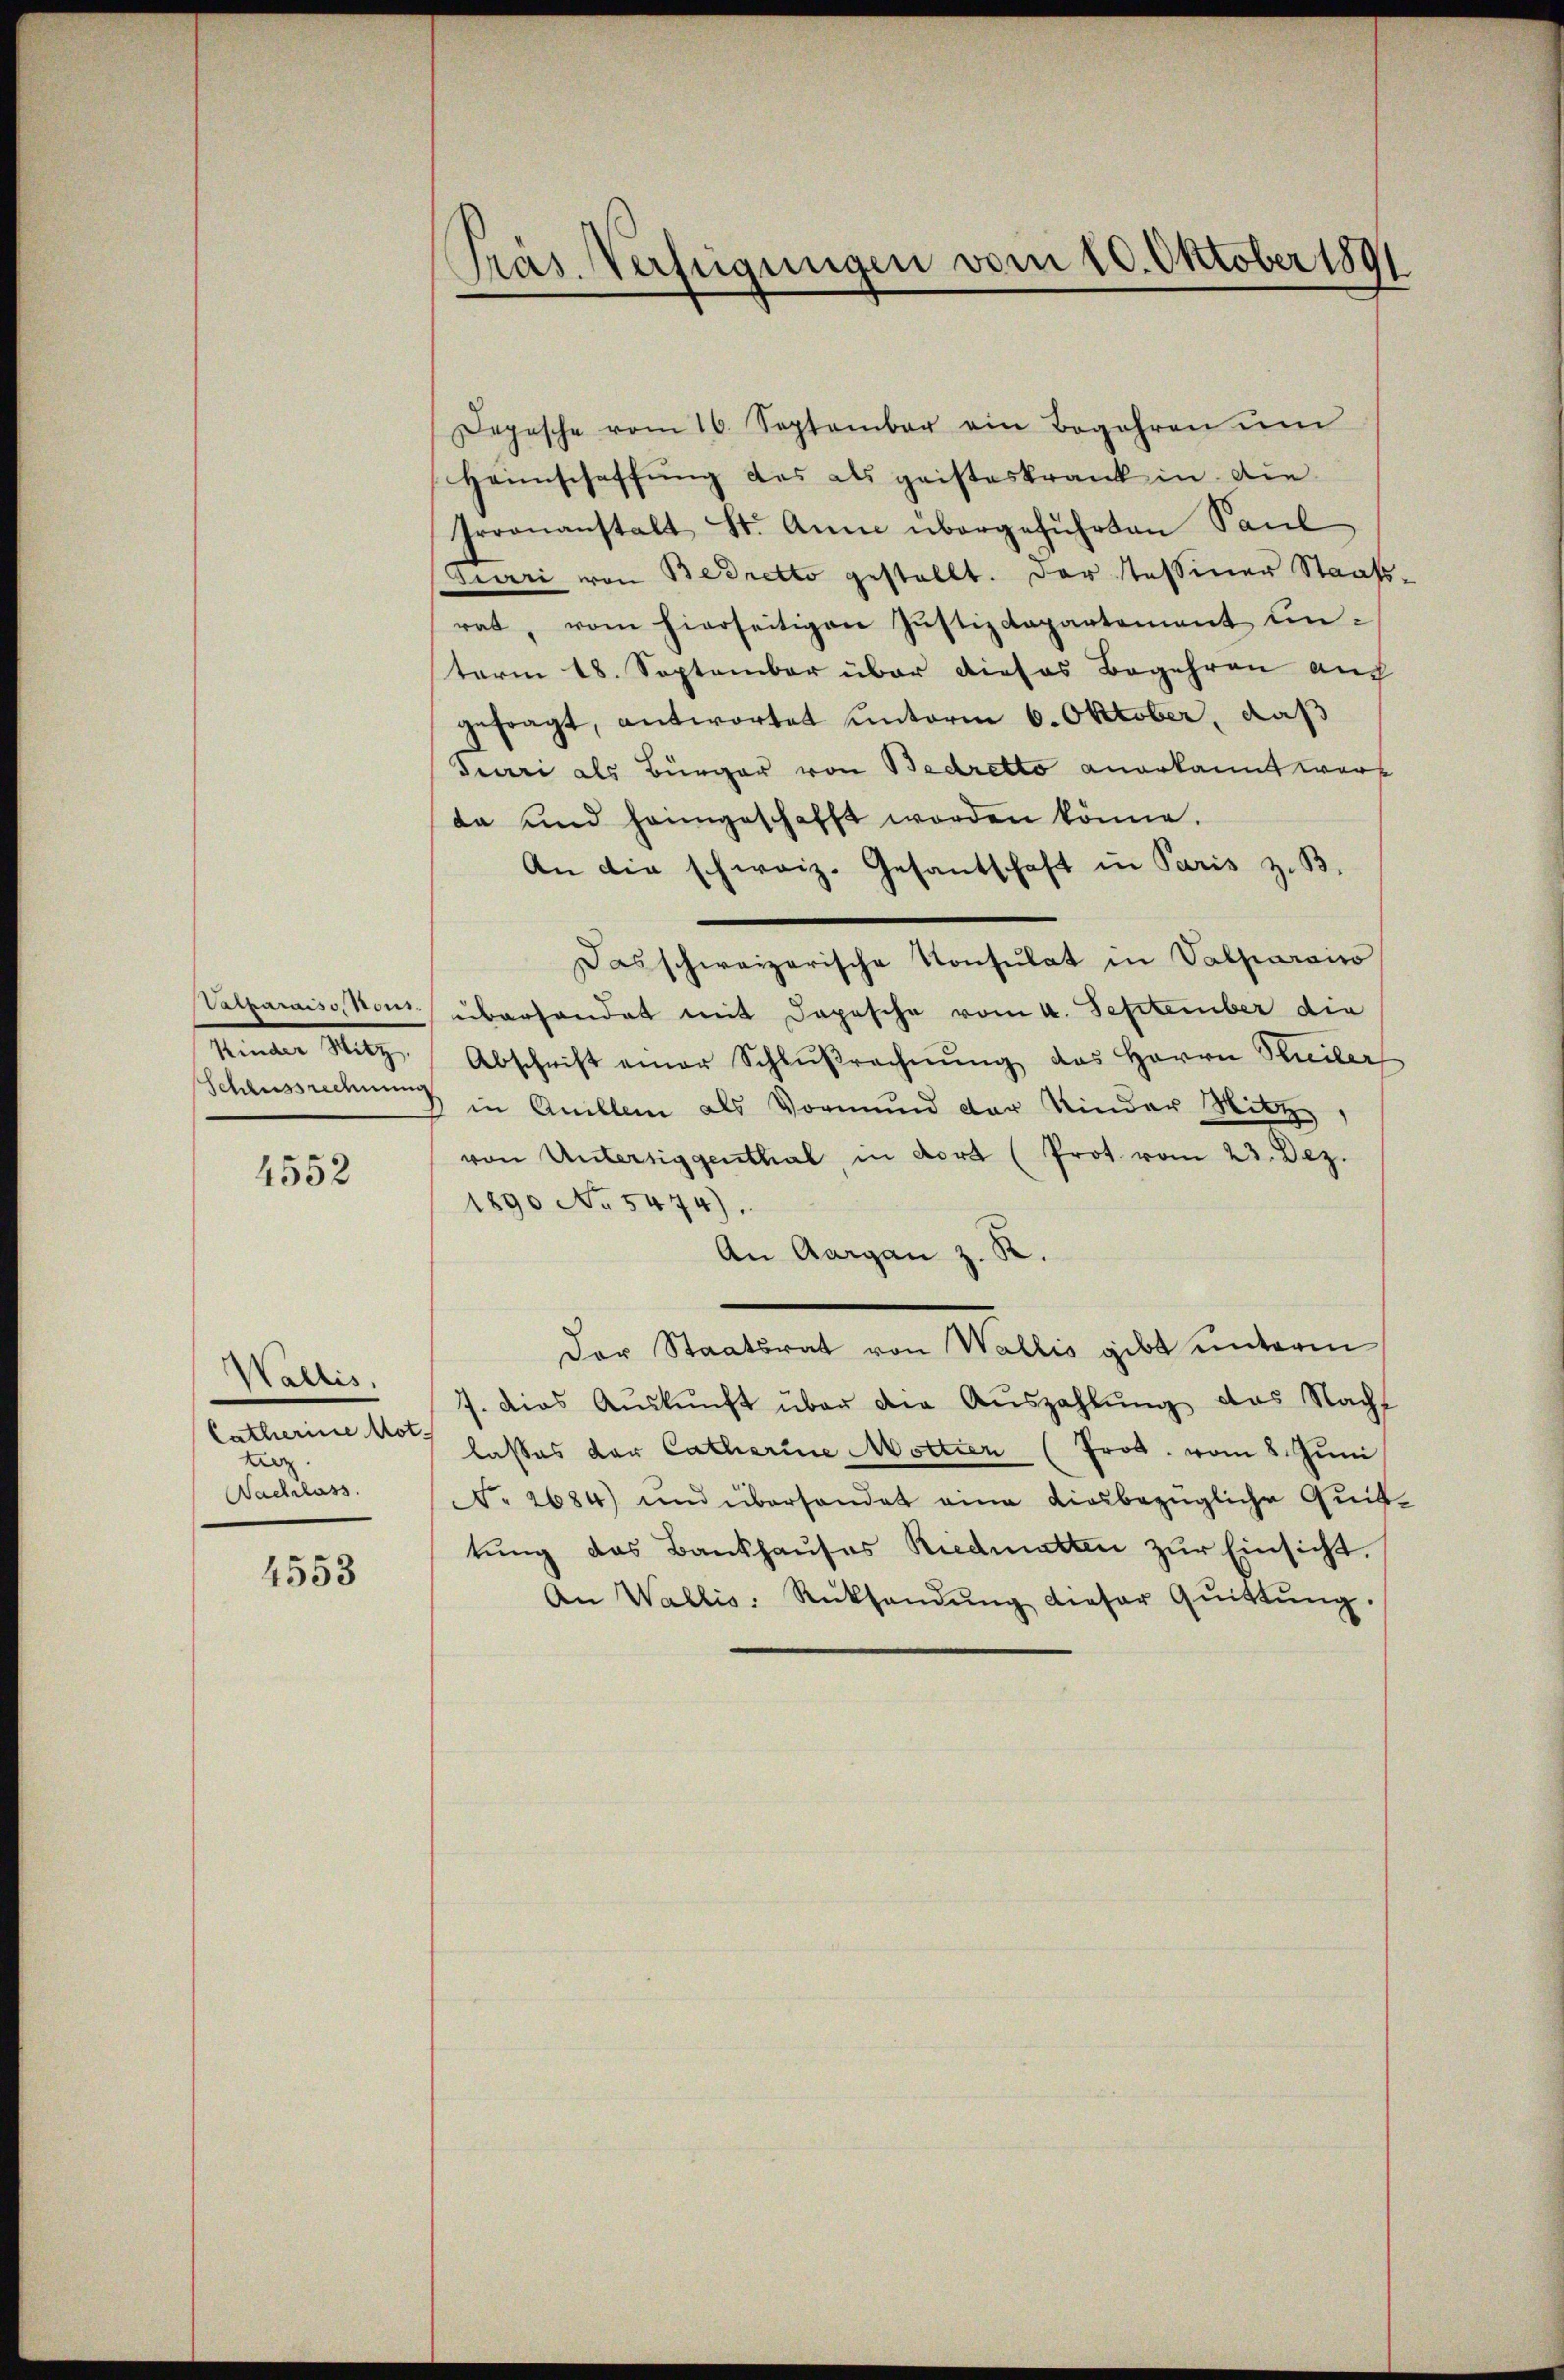
Schlussrechnung

4552

Wallis,
Catharine Mot
Lee
Nachlass.

4553

Präs. Verfügungen vom 10. Oktober 1891

Depesche vom 16. September ein Begehren ŭm
Heimschaffung des als geisteskrank in die
Iroonanstalt St. Anna übergeführten Paul
Diari von Bedretto gestellt. Der tessiner Staatsrat, vom hierseitigen Justizdepartement unterm 18. September über dieses Begehren auch
gefragt, antwortet unterm 6. Oktober, daß
Juuri als Bürger von Bedretto anerkannt werf
da und heimgeschafft worden könne.
An die schweiz. Gesantschaft in Paris z. B.
Das schweizerische Konsulat in Valparaiso
Valparaiss, Kons. überhandet mit Depesche vom 4. September die
Mitz, Abschrift einer Schlŭβrechnŭng des Herrn Seiter
in Anillen als Vormund der Kinder Mitz
von Untersiggenthal in dort (Prot vom 23. Dez.
1890 No 5474).
An Aargau z. R.
Der Staatsrat von Wallis gibt unterm
7. dies Aŭskŭnft über die Auszahlŭng das Nachf
lasses der Catharine Mottier (Frod. vom 8. Juni
No 2684) und überhandet eine diesbezügliche Quittŭng das Bankhaŭses Riedmatten zŭr Einsicht.
An Wallis. Rücksendŭng dieser Qŭittŭng.